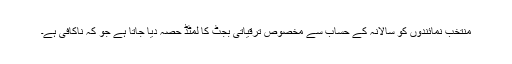
منتخب نمائندوں کو سالانہ کے حساب سے مخصوص ترقیاتی بجٹ کا لمٹڈ حصہ دیا جاتا ہے جو کہ ناکافی ہے۔